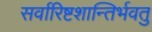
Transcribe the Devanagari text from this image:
सर्वारिष्टशान्तिर्भवतु